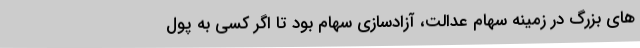
های بزرگ در زمینه سهام عدالت، آزادسازی سهام بود تا اگر کسی به پول